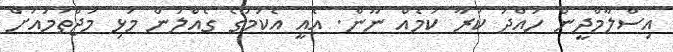
އިސްލާމްދީން ހުއްދަ ކުރާ ކަަމެއް ނޫން. އެއީ އެކަމުގެ ގެއްލުން މުޅި މުޖްތަމައަށް